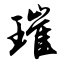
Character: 璀